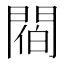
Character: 𨵁